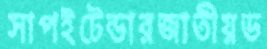
সাপইটেন্ডারজাতীয়ভ